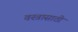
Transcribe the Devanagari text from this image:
वस्त्रासाठी